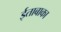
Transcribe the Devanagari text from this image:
ईताबाका